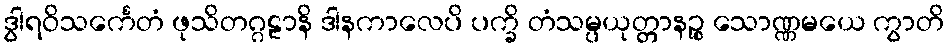
ဒွါရဝိသင်္ကေတံ ဖုသိတဂ္ဂဠာနိ ဒါနကာလေပိ ပက္ခိ တံသမ္ပယုတ္တာနဉ္စ သောဏ္ဏမယေ ကွာတိ